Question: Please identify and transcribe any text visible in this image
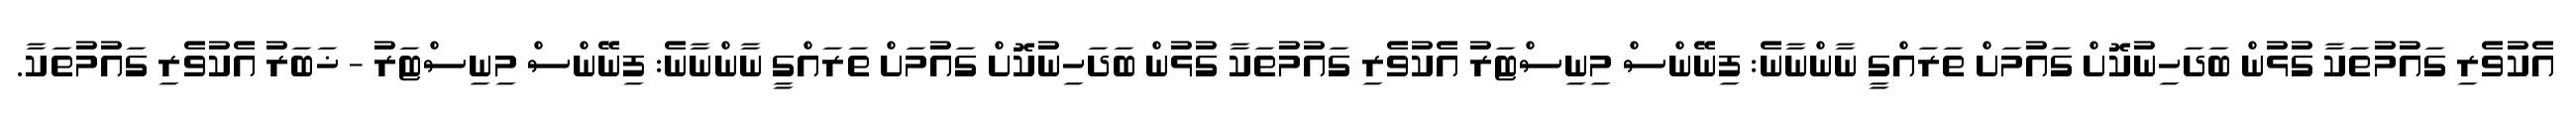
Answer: އެކުވެރި ގައުމުތަކާ ގުޅުން ބަދަހިނުކޮށް ގައުމަށް ތަރައްގީ ނާންނާނެ: ފިނޭންސް މިނިސްޓަރު އެކުވެރި ގައުމުތަކާ ގުޅުން ބަދަހިނުކޮށް ގައުމަށް ތަރައްގީ ނާންނާނެ: ފިނޭންސް މިނިސްޓަރު - ޚަބަރު އެކުވެރި ގައުމުތަކާ.